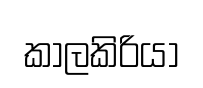
කාලකිරියා